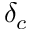
\delta _ { c }